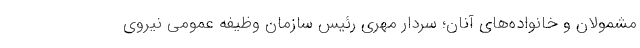
مشمولان و خانواده‌های آنان؛ سردار مهری رئیس سازمان وظیفه عمومی نیروی